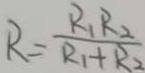
R = \frac { R _ { 1 } R _ { 2 } } { R _ { 1 } + R _ { 2 } }